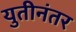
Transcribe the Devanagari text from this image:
युतीनंतर